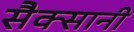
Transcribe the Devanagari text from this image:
सैक्सानी